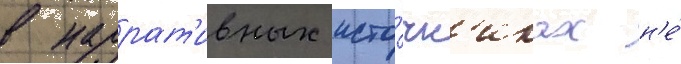
в наррат'ивных исто́чн'иках н'е́